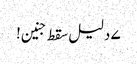
۷ دلیل سقط جنین!